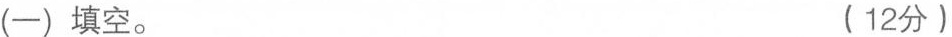
(-)填空。 (12分)